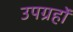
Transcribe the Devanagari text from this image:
उपग्रहोंं